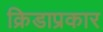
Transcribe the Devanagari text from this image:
क्रिडाप्रकार